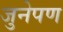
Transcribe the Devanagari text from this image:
जुनेपण